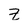
Character: Z